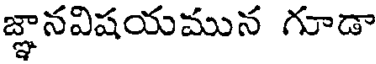
జ్ఞానవిషయమున గూడా